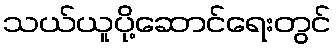
သယ်ယူပို့ဆောင်ရေးတွင်